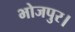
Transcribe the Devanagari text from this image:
भोजपुर।